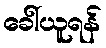
ခေါ်ယူရန်